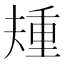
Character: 𫯰